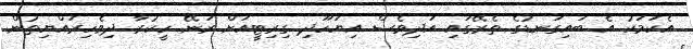
އެކަމަކު އެ ބައިގަނޑުގެ ތެރޭގައި އަދިވެސް އިޔަހޫދި ގިރިޓީއަށް ރަނޭ ހީކުރާ ދިވެހިރައްޔިތުން